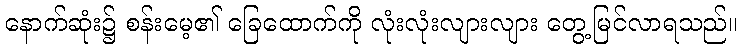
နောက်ဆုံး၌ စန်းမေ့၏ ခြေထောက်ကို လုံးလုံးလျားလျား တွေ့မြင်လာရသည်။